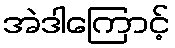
အဲဒါကြောင့်